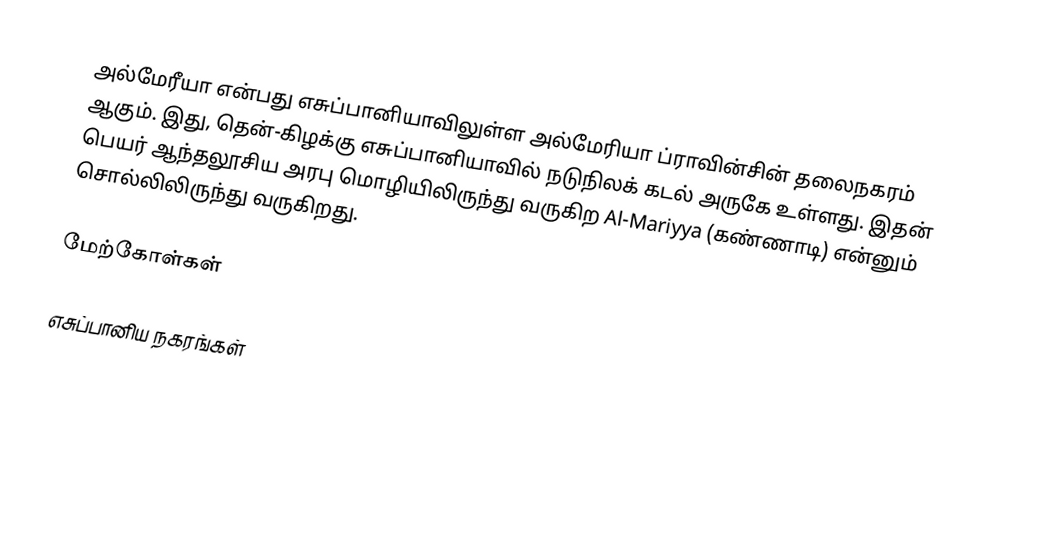
அல்மேரீயா என்பது எசுப்பானியாவிலுள்ள அல்மேரியா ப்ராவின்சின் தலைநகரம் ஆகும். இது, தென்-கிழக்கு எசுப்பானியாவில் நடுநிலக் கடல் அருகே உள்ளது. இதன் பெயர் ஆந்தலூசிய அரபு மொழியிலிருந்து வருகிற Al-Mariyya (கண்ணாடி) என்னும் சொல்லிலிருந்து வருகிறது.

மேற்கோள்கள்

எசுப்பானிய நகரங்கள்